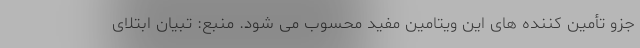
جزو تأمین کننده های این ویتامین مفید محسوب می شود. منبع: تبیان ابتلای